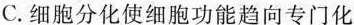
C.细胞分化使细胞功能趋向专门化